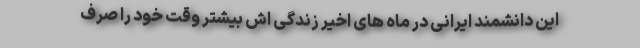
این دانشمند ایرانی در ماه های اخیر زندگی اش بیشتر وقت خود را صرف